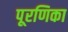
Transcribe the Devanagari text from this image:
पूरणिका